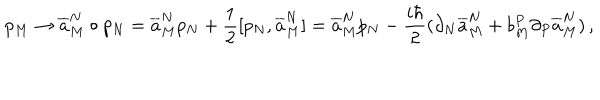
p _ { M } \to \overline { { { a } } } _ { M } ^ { N } \circ p _ { N } = \overline { { { a } } } _ { M } ^ { N } p _ { N } + \frac { 1 } { 2 } [ p _ { N } , \overline { { { a } } } _ { M } ^ { N } ] = \overline { { { a } } } _ { M } ^ { N } p _ { N } - \frac { i \hbar } { 2 } ( \partial _ { N } \overline { { { a } } } _ { M } ^ { N } + b _ { M } ^ { P } \partial _ { P } \overline { { { a } } } _ { M } ^ { N } ) \, ,